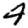
Digit: 4